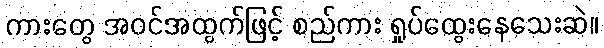
ကားတွေ အဝင်အထွက်ဖြင့် စည်ကား ရှုပ်ထွေးနေသေးဆဲ။